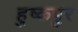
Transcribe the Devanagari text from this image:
हुष्कपुर